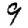
Digit: 9